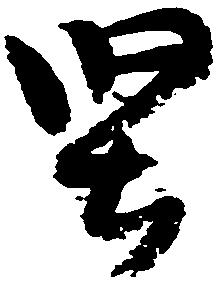
堅